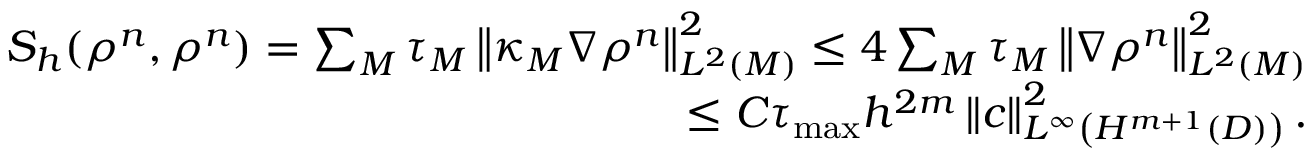
\begin{array} { r } { S _ { h } ( \rho ^ { n } , \rho ^ { n } ) = \sum _ { M } \tau _ { M } \left\Vert \kappa _ { M } \nabla \rho ^ { n } \right\Vert _ { L ^ { 2 } ( M ) } ^ { 2 } \leq 4 \sum _ { M } \tau _ { M } \left\Vert \nabla \rho ^ { n } \right\Vert _ { L ^ { 2 } ( M ) } ^ { 2 } } \\ { \leq C \tau _ { \operatorname* { m a x } } h ^ { 2 m } \left\Vert c \right\Vert _ { L ^ { \infty } \left( H ^ { m + 1 } ( D ) \right) } ^ { 2 } . } \end{array}